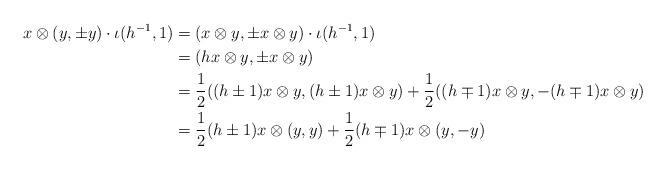
LaTeX: \begin{align*} x \otimes (y, \pm y) \cdot \iota(h^{-1},1) & = (x \otimes y, \pm x \otimes y) \cdot \iota(h^{-1},1) \\ & = (h x \otimes y, \pm x \otimes y) \\ & = \frac{1}{2} ((h \pm 1) x \otimes y, (h \pm 1) x \otimes y) + \frac{1}{2} ((h \mp 1) x \otimes y, - (h \mp 1) x \otimes y) \\ & = \frac{1}{2} (h \pm 1) x \otimes (y, y) + \frac{1}{2} (h \mp 1) x \otimes (y, -y)\end{align*}